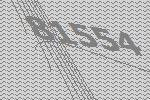
81554